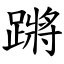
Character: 蹡